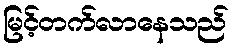
မြင့်တက်လာနေသည်